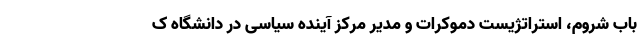
باب شروم، استراتژیست دموکرات و مدیر مرکز آینده سیاسی در دانشگاه ک